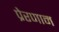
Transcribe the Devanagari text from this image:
प्रेरणाम